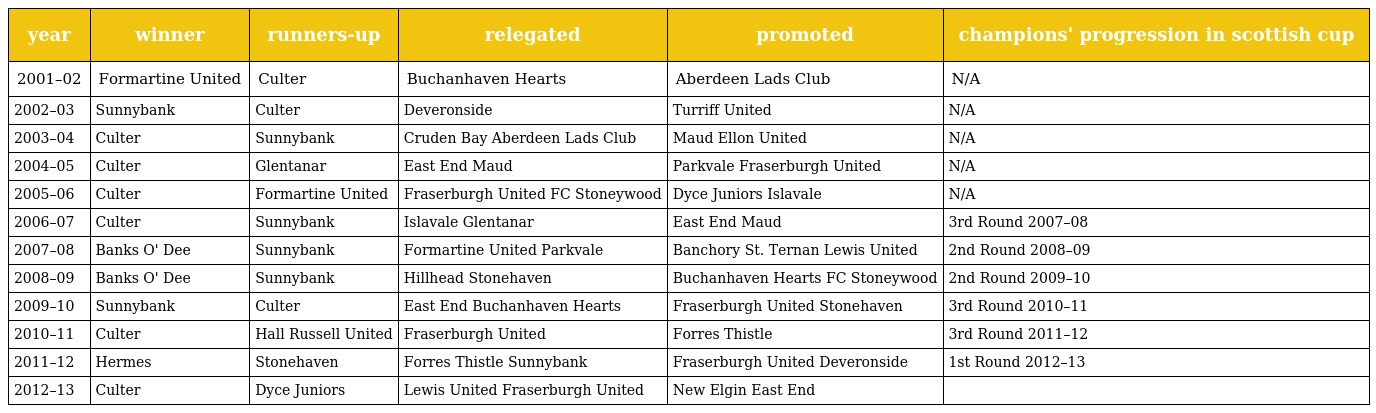
| year | winner | runners-up | relegated | promoted | champions' progression in scottish cup |
 | --- | --- | --- | --- | --- | --- |
 | 2001–02 | Formartine United | Culter | Buchanhaven Hearts | Aberdeen Lads Club | N/A |
 | 2002–03 | Sunnybank | Culter | Deveronside | Turriff United | N/A |
 | 2003–04 | Culter | Sunnybank | Cruden Bay Aberdeen Lads Club | Maud Ellon United | N/A |
 | 2004–05 | Culter | Glentanar | East End Maud | Parkvale Fraserburgh United | N/A |
 | 2005–06 | Culter | Formartine United | Fraserburgh United FC Stoneywood | Dyce Juniors Islavale | N/A |
 | 2006–07 | Culter | Sunnybank | Islavale Glentanar | East End Maud | 3rd Round 2007–08 |
 | 2007–08 | Banks O' Dee | Sunnybank | Formartine United Parkvale | Banchory St. Ternan Lewis United | 2nd Round 2008–09 |
 | 2008–09 | Banks O' Dee | Sunnybank | Hillhead Stonehaven | Buchanhaven Hearts FC Stoneywood | 2nd Round 2009–10 |
 | 2009–10 | Sunnybank | Culter | East End Buchanhaven Hearts | Fraserburgh United Stonehaven | 3rd Round 2010–11 |
 | 2010–11 | Culter | Hall Russell United | Fraserburgh United | Forres Thistle | 3rd Round 2011–12 |
 | 2011–12 | Hermes | Stonehaven | Forres Thistle Sunnybank | Fraserburgh United Deveronside | 1st Round 2012–13 |
 | 2012–13 | Culter | Dyce Juniors | Lewis United Fraserburgh United | New Elgin East End |  |